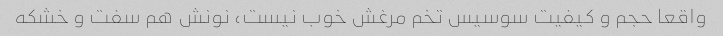
واقعا حجم و کیفیت سوسیس تخم مرغش خوب نیست، نونش هم سفت و خشکه